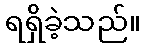
ရရှိခဲ့သည်။